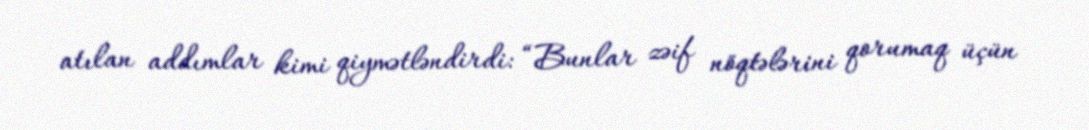
atılan addımlar kimi qiymətləndirdi: “Bunlar zəif nöqtələrini qorumaq üçün